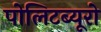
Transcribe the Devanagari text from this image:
पोलिटब्यूरो